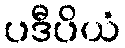
ပဒီပိယံ